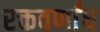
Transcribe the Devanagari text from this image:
रक्तवर्णांध